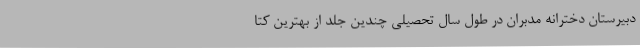
دبیرستان دخترانه مدبران در طول سال تحصیلی چندین جلد از بهترین کتا